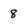
Character: 8